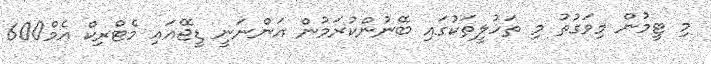
މި ޓީމުން މިވަގުތު މި ތަހުލީތަކުގައި ބޭނުންކުރަމުން އަންނަނީ ޑީޖޭއައި މެޓްރިކް އެމް600